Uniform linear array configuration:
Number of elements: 48
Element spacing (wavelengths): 0.75
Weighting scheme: kaiser
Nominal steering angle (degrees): -60
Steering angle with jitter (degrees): -59.235
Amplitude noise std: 0.05
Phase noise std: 0.05

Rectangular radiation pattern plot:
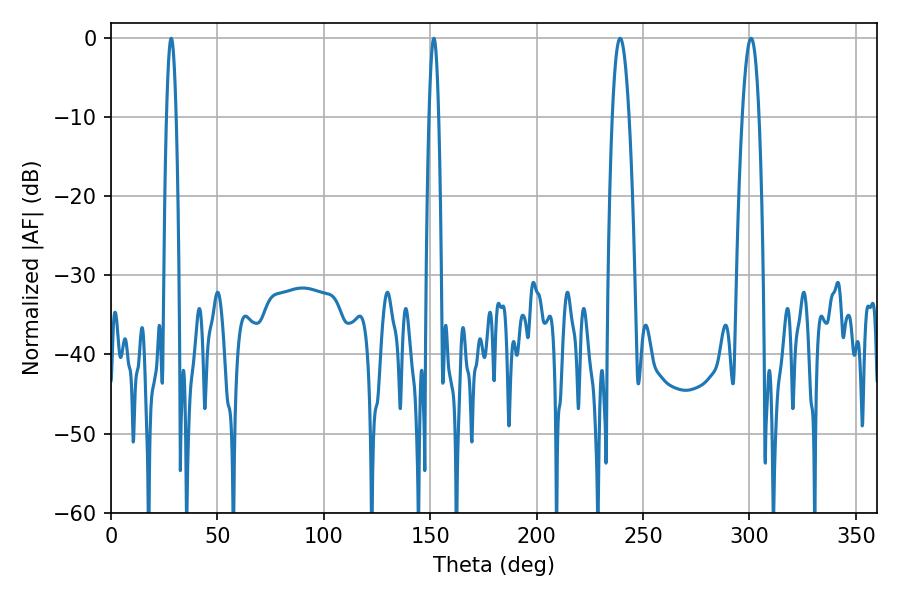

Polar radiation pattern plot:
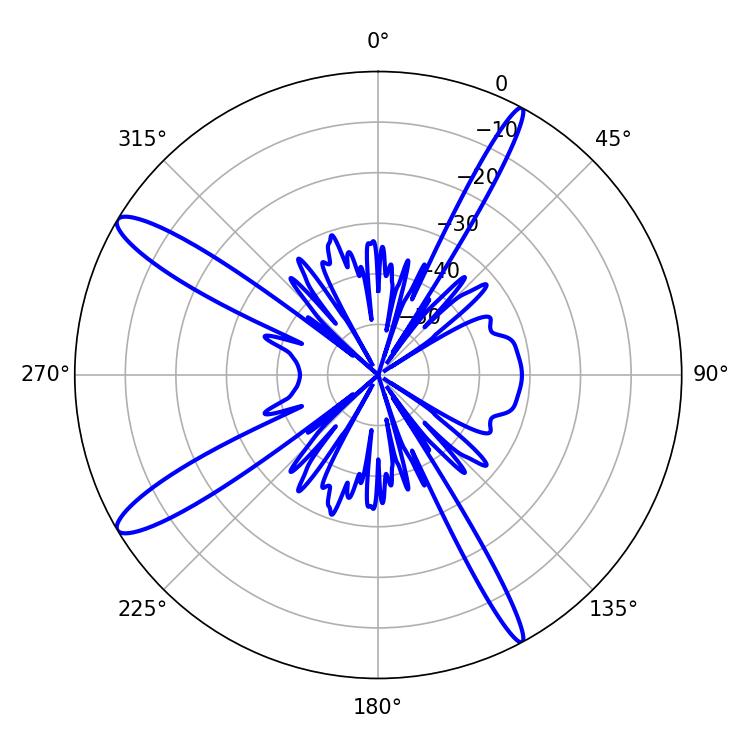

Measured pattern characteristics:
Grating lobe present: TRUE
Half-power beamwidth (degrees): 4.14
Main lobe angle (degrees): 239.22